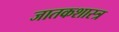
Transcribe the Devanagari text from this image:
जातकशास्त्र